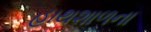
હાથશાળના